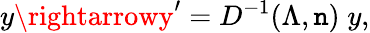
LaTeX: y\rightarrowy^{\prime}={D^{-1}(\Lambda,\mathtt{n})}\; y,